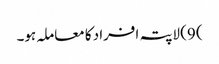
) 9) لاپتہ افراد کا معاملہ ہو۔